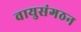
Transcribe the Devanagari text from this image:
वायुसंगठन